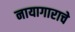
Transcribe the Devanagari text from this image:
नायागाराचे